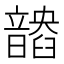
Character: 𩐽